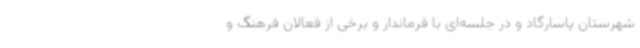
شهرستان پاسارگاد و در جلسه‌ای با فرماندار و برخی از فعالان فرهنگ و